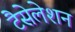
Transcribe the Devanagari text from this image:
टैसेलेशन